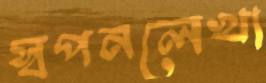
স্বপনলেখা